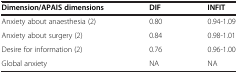
| Dimension/APAIS dimensions | DIF | INFIT |
 | --- | --- | --- |
 | Anxiety about anaesthesia (2) | 0.80 | 0.94-1.09 |
 | Anxiety about surgery (2) | 0.84 | 0.98-1.01 |
 | Desire for information (2) | 0.76 | 0.96-1.00 |
 | Global anxiety | NA | NA |